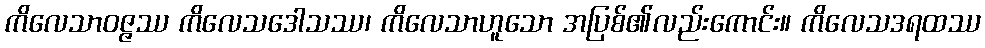
ကိလေသာဝဇ္ဇဿ ကိလေသဒေါသဿ၊ ကိလေသာဟူသော အပြစ်၏လည်းကောင်း။ ကိလေသဒရထဿ